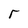
Character: r